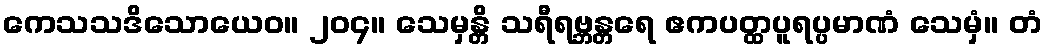
ကေသသဒိသောယေဝ။ ၂၀၄။ သေမှန္တိ သရီရဗ္ဘန္တရေ ဧကပတ္ထပူရပ္ပမာဏံ သေမှံ။ တံ